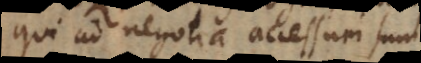
qui ad negotia accessuri sunt,